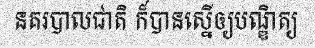
នគរបាលជាតិ ក៏បានស្នើឲ្យបណ្ឌិត្យ